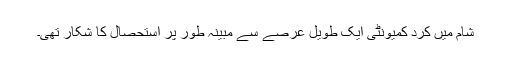
شام میں کرد کمیونٹی ایک طویل عرصے سے مبینہ طور پر استحصال کا شکار تھی۔